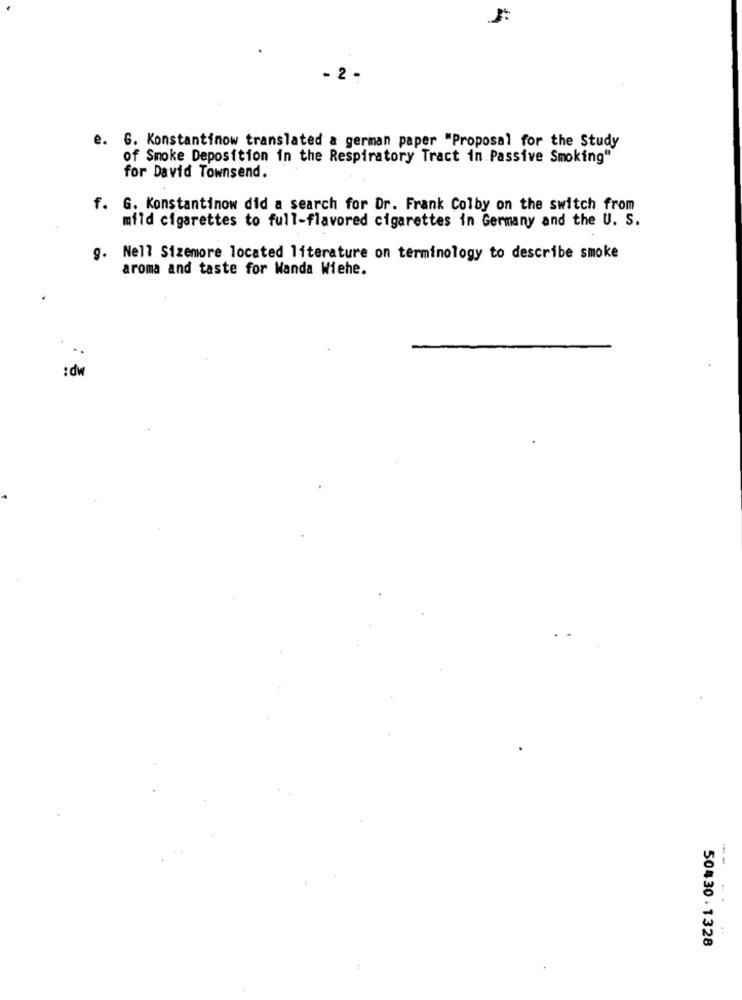
- 2 -
e. G. Konstantinow translated a german paper "Proposal for the Study
of Smoke Deposition in the Respiratory Tract in Passive Smoking"
for David Townsend.
f. G. Konstantinow did a search for Dr. Frank Colby on the switch from
mild cigarettes to full-flavored cigarettes in Germany and the U. S.
9. Nell Sizemore located literature on terminology to describe smoke
aroma and taste for Wanda Wiehe.
:dw
---
50430:1328